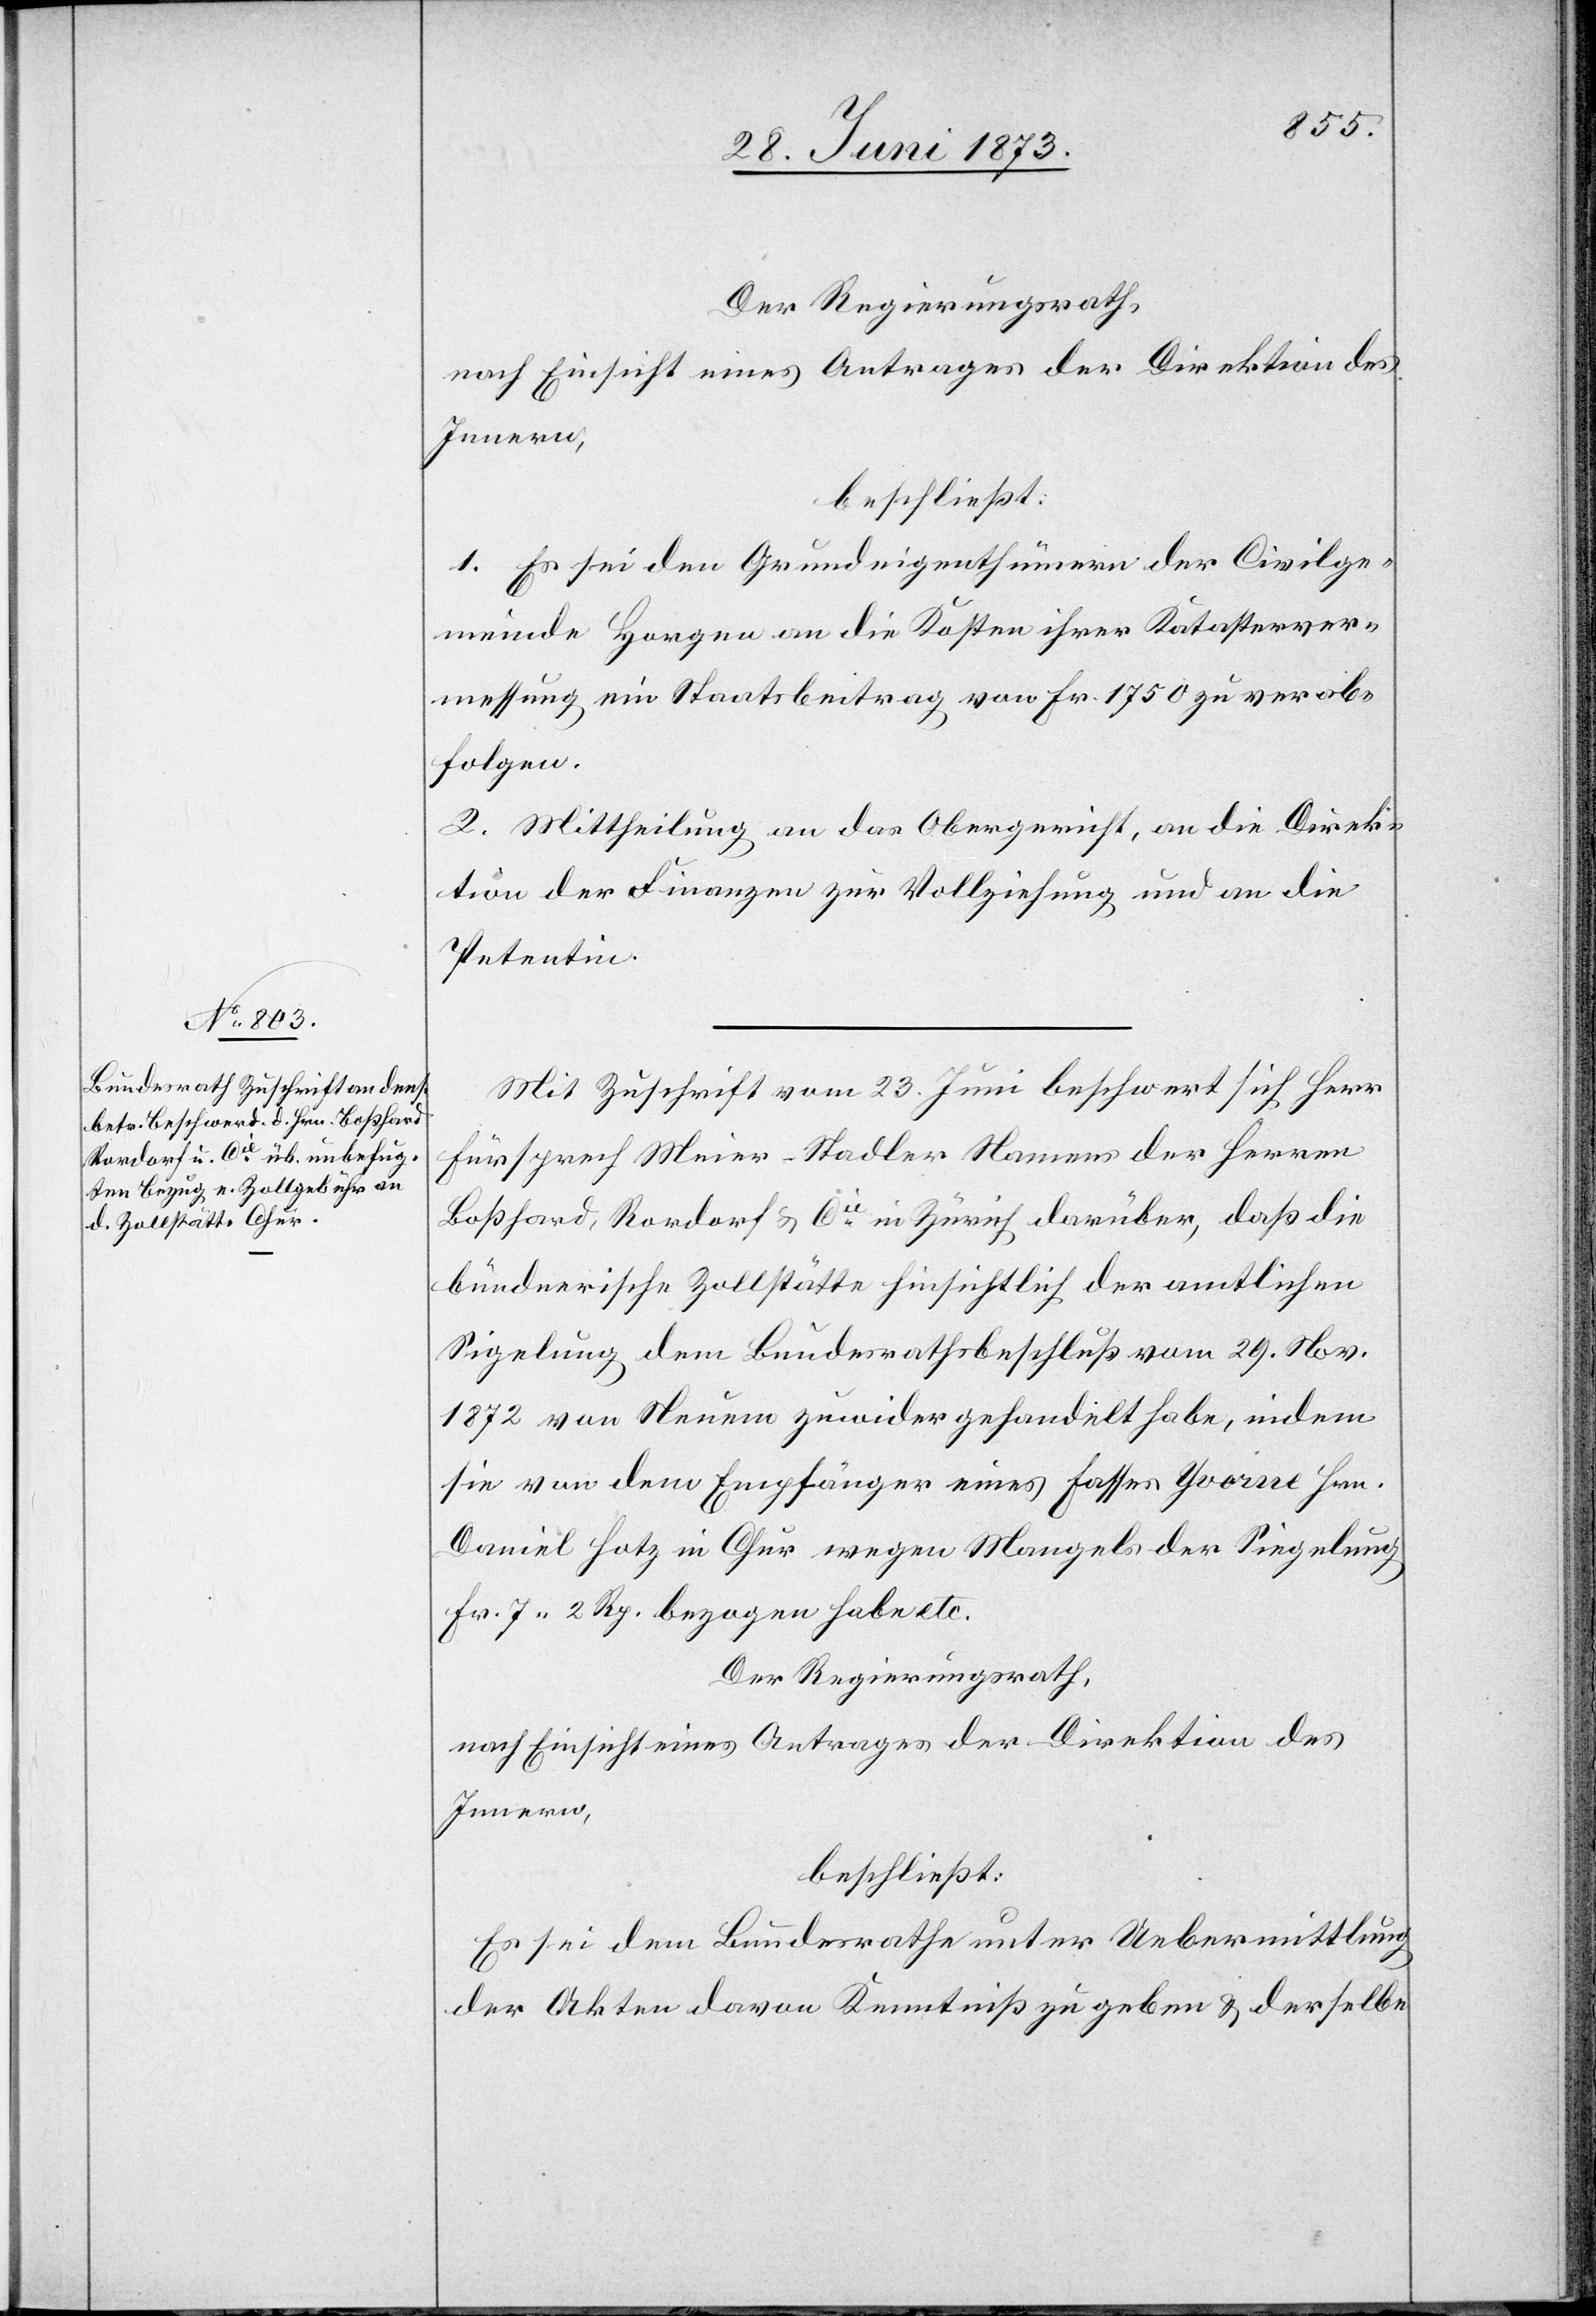
Der Regierungsrath,
nach Einsicht eines Antrages der Direktion des
Innern,
beschließt:
1. Es sei den Grundeigenthümern der Civilge¬
meinde Horgen an die Kosten ihrer Katasterver¬
messung ein Staatsbeitrag von Fr. 1 750 zu verab¬
folgen.
2. Mittheilung an das Obergericht, an die Direk¬
tion der Finanzen zur Vollziehung und an die
Petentin.
Mit Zuschrift vom 23. Juni beschwert sich Herr
Fürsprech Meier-Stadler Namens der Herren
Boßhard, Rordorf & Cie in Zürich darüber, daß die
bündnerische Zollstätte hinsichtlich der amtlichen
Sigelung [sic!] dem Bundesrathsbeschluß vom 29. Nov.
1872 von Neuem zuwidergehandelt habe, indem
sie von dem Empfänger eines Fasses Yvorne Hrn.
Daniel Hotz in Chur wegen Mangels der Siegelung
Fr. 7 2 Rp. bezogen habe etc.
Der Regierungsrath,
nach Einsicht eines Antrages der Direktion des
Innern,
beschließt:
Es sei dem Bundesrathe unter Uebermittlung
der Akten davon Kenntniß zu geben & derselbe